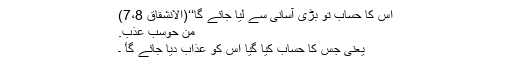
اس کا حساب تو بڑی آسانی سے لیا جائے گا‘‘(الانشقاق 7،8)
من حوسب عذب.
یعنی جس کا حساب کیا گیا اس کو عذاب دیا جائے گأ ۔